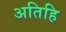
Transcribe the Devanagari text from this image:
अतिहि